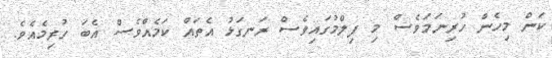
ކަން މިހެން ހުރިނަމަވެސް މި ފިލްމުގައިވެސް ރަނގަޅު އެތައް ކަމެއްވެސް އެބަ ހުރިމެއެވެ.